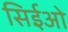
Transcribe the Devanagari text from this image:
सिईओ